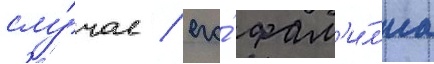
слу́чае / его́ фам'и́л'иа